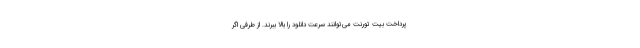
پرداخت بیت تورنت می‌توانند سرعت دانلود را بالا ببرند. از طرفی اگر